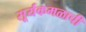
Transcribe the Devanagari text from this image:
सूर्यकमळाची